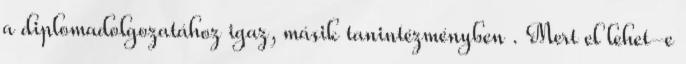
a diplomadolgozatához igaz, másik tanintézményben . Mert el lehet-e